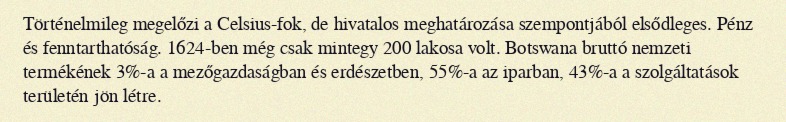
Történelmileg megelőzi a Celsius-fok, de hivatalos meghatározása szempontjából elsődleges. Pénz és fenntarthatóság. 1624-ben még csak mintegy 200 lakosa volt. Botswana bruttó nemzeti termékének 3%-a a mezőgazdaságban és erdészetben, 55%-a az iparban, 43%-a a szolgáltatások területén jön létre.